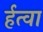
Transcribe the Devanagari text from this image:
र्हत्वा